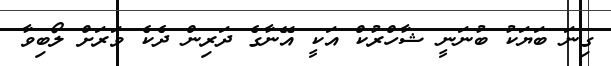
ގިނަ ބަޔަކު ބުނަނީ ޝާހްރުކް އަކީ އޭނާގެ ދަރިން ދެކެ ވަރަށް ލޯބިވާ